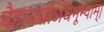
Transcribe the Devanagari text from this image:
वैहायसोऽधिभूम्याम्।